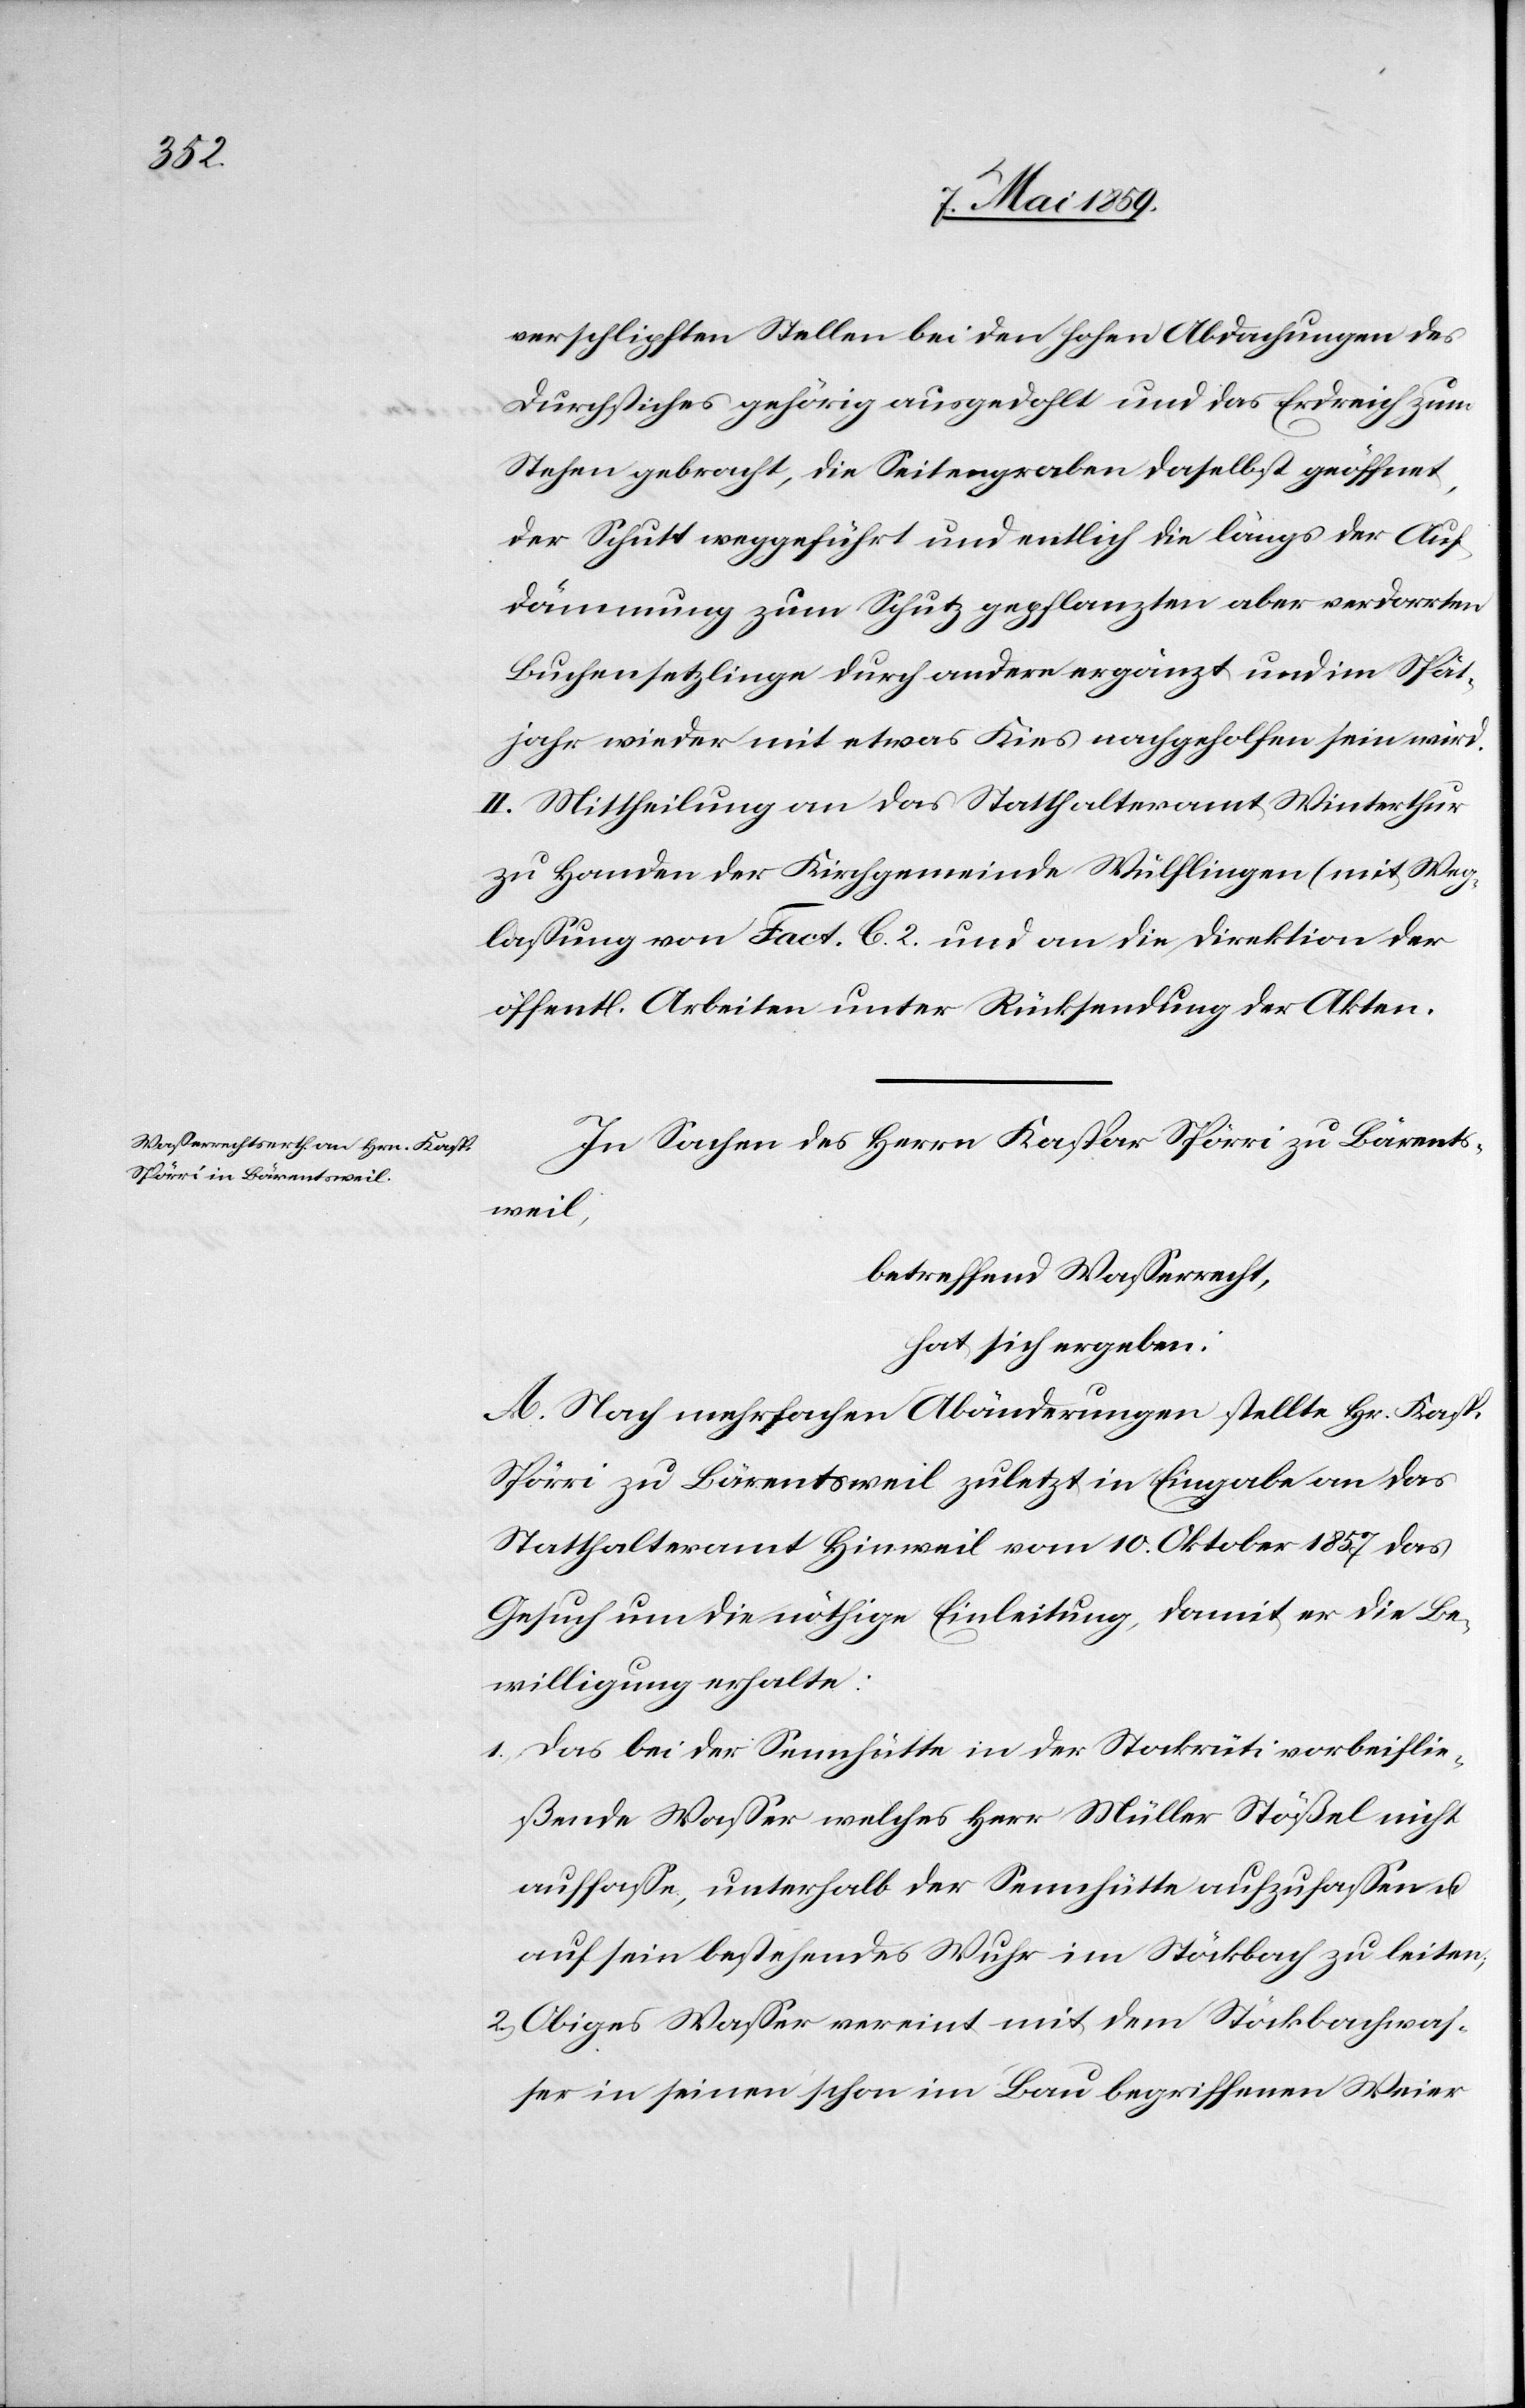
verschlipften Stellen bei den hohen Abdachungen des
Durchstiches gehörig ausgedohlt und das Erdreich zum
Stehen gebracht, die Seitengraben daselbst geöffnet,
der Schutt weggeführt und entlich die längs der Auf¬
dämmung zum Schutz gepflanzten aber verdorrten
Buchensetzlinge durch andere ergänzt und im Spät¬
jahr wieder mit etwas Kies nachgeholfen sein wird.
II. Mittheilung an das Statthalteramt Winterthur
zu Handen der Kirchgemeinde Wülflingen (mit Weg¬
laßung von Fact. C. 2.[)] und an die Direktion der
öffentl. Arbeiten unter Rücksendung der Akten.
In Sachen des Herrn Kaspar Spörri zu Bärents¬
weil,
betreffend Waßerrecht,
hat sich ergeben:
A. Nach mehrfachen Abänderungen stellte Hr. Kasp.
Spörri zu Bärentsweil zuletzt in Eingabe an das
Statthalteramt Hinweil vom 10. Oktober 1857 das
Gesuch um die nöthige Einleitung, damit er die Be¬
willigung erhalte:
1) Das bei der Sennhütte in der Stockrüti vorbeiflie¬
ßende Waßer welches Herr Müller Stößel nicht
auffaße, unterhalb der Sennhütte aufzufaßen u.
auf sein bestehendes Wuhr im Stöckbach zu leiten;
2) Obiges Waßer vereint mit dem Stöckbachwaß¬
er in seinen schon im Bau begriffenen Weier